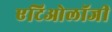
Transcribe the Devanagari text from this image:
एटिओलॉजी